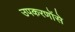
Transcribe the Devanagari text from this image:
उपकरणोंसे